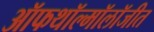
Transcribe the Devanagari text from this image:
ऑफथॉल्मॉलॉजीत